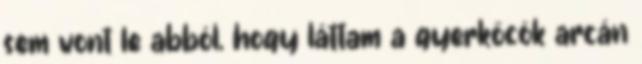
sem vont le abból, hogy láttam a gyerkőcök arcán